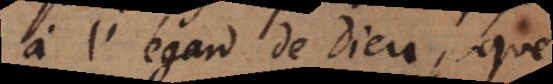
l’egard de Dieu, que